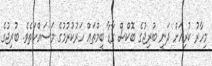
މިހާރު ކުރިއަށް ދަނީ ބުރިޖުގެ ބޮކްސް ގާޑާ ބީމްތައް ހަރުކުރުމުގެ މަސައްކަތެވެ. ބުރިޖުގެ